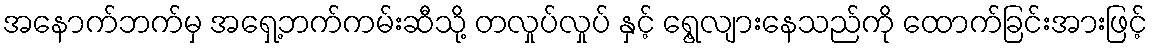
အနောက်ဘက်မှ အရှေ့ဘက်ကမ်းဆီသို့ တလှုပ်လှုပ် နှင့် ရွေ့လျားနေသည်ကို ထောက်ခြင်းအားဖြင့်